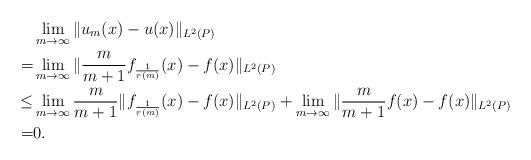
LaTeX: \begin{align*}& \lim_{m \to \infty} \| u_m(x) - u(x) \|_{L^2(P)} \\=& \lim_{m \to \infty} \|\frac{m}{m+1} f_{\frac{1}{r(m)}} (x) - f(x) \|_{L^2(P)}\\\le & \lim_{m \to \infty} \frac{m}{m+1} \| f_{\frac{1}{r(m)}} (x) - f(x) \|_{L^2(P)} + \lim_{m \to \infty} \|\frac{m}{m+1} f(x) - f(x) \|_{L^2(P)}\\=& 0.\end{align*}